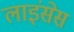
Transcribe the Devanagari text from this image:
लाइंसेस